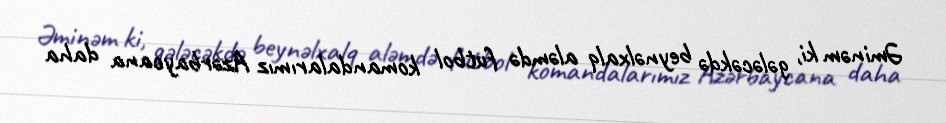
Əminəm ki, gələcəkdə beynəlxalq aləmdə futbol komandalarımız Azərbaycana daha